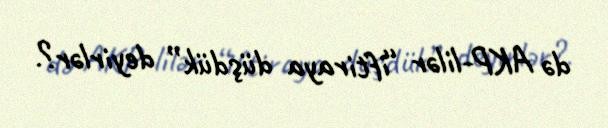
də AKP-lilər “iftiraya düşdük” deyirlər?.